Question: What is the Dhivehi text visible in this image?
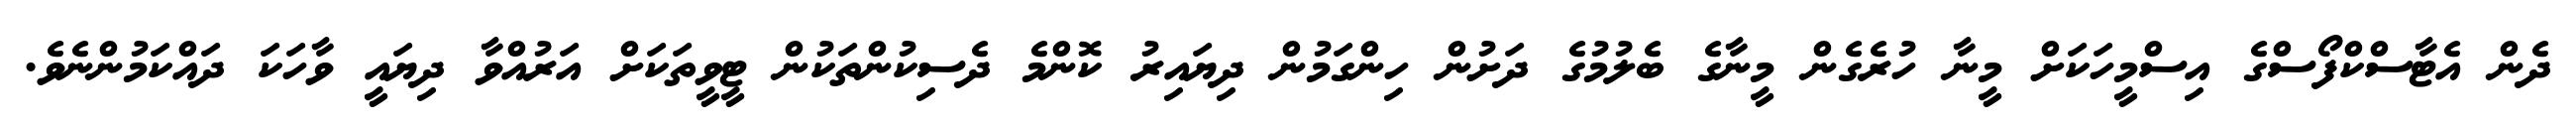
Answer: ދެން އެޓާސްކްފޯސްގެ އިސްމީހަކަށް މީނާ ހުރެގެން މީނާގެ ބެލުމުގެ ދަށުން ހިންގަމުން ދިޔައިރު ކޮންމެ ދެސިކުންތަކުން ޓީވީތަކަށް އަރުއްވާ ދިޔައީ ވާހަކަ ދައްކަމުންނެވެ.